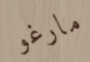
مارغو